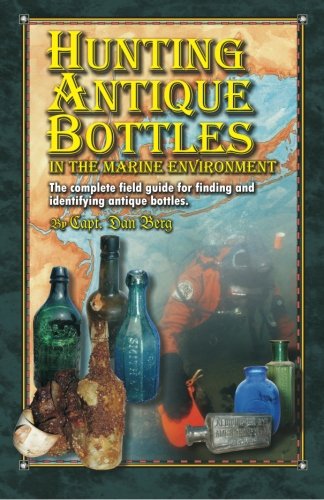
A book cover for Hunting Antique Bottles in the marine environment: The Complete Field Guide for Finding and Identifying Antique Bottles.; Daniel Berg; Crafts, Hobbies & Home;